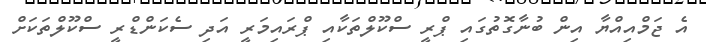
އެ ޖަމްއިއްޔާ އިން ބުނާގޮތުގައި ޕްރީ ސްކޫލްތަކާއި ޕްރައިމަރީ އަދި ސެކަންޑްރީ ސްކޫލްތަކަށް